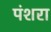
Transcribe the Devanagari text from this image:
पंशरा